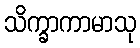
သိက္ခာကာမာသု